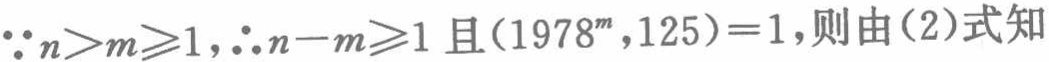
\(\because n>m\geqslant1,\therefore n - m\geqslant1\)且\((1978^{m},125)=1\)，则由\((2)\)式知